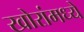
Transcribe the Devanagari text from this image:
खोरांमध्ये